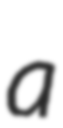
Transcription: a